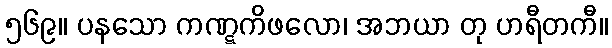
၅၆၉။ ပနသော ကဏ္ဋကိဖလော၊ အဘယာ တု ဟရီတကီ။